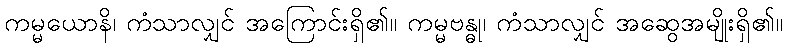
ကမ္မယောနိ၊ ကံသာလျှင် အကြောင်းရှိ၏။ ကမ္မဗန္ဓု၊ ကံသာလျှင် အဆွေအမျိုးရှိ၏။